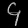
Digit: ၄